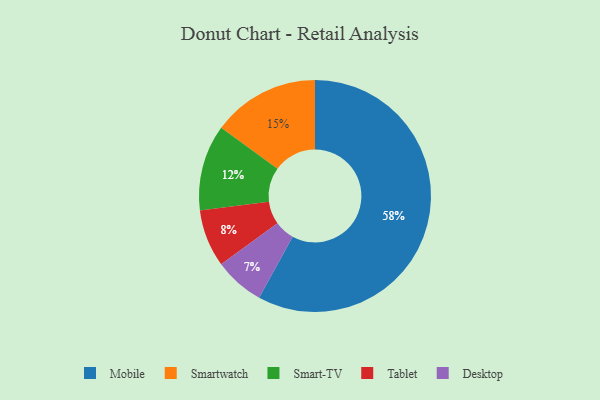
{"axis": {"x": "Category", "y": "Percentage"}, "legend": ["Desktop", "Mobile", "Smart-TV", "Smartwatch", "Tablet"], "data": [{"x": "Tablet", "y": 8, "type": "Tablet"}, {"x": "Smartwatch", "y": 15, "type": "Smartwatch"}, {"x": "Smart-TV", "y": 12, "type": "Smart-TV"}, {"x": "Desktop", "y": 7, "type": "Desktop"}, {"x": "Mobile", "y": 58, "type": "Mobile"}]}